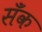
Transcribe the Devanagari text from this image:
सँक